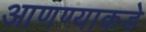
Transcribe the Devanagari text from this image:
आणण्याकडे